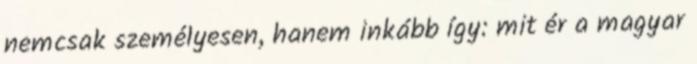
nemcsak személyesen, hanem inkább így: mit ér a magyar